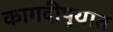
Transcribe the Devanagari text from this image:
कागदीपुर्‍यात